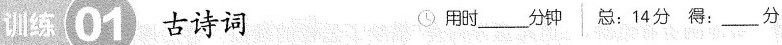
训练01 古诗词 用时___分钟 总：14分 得：___分